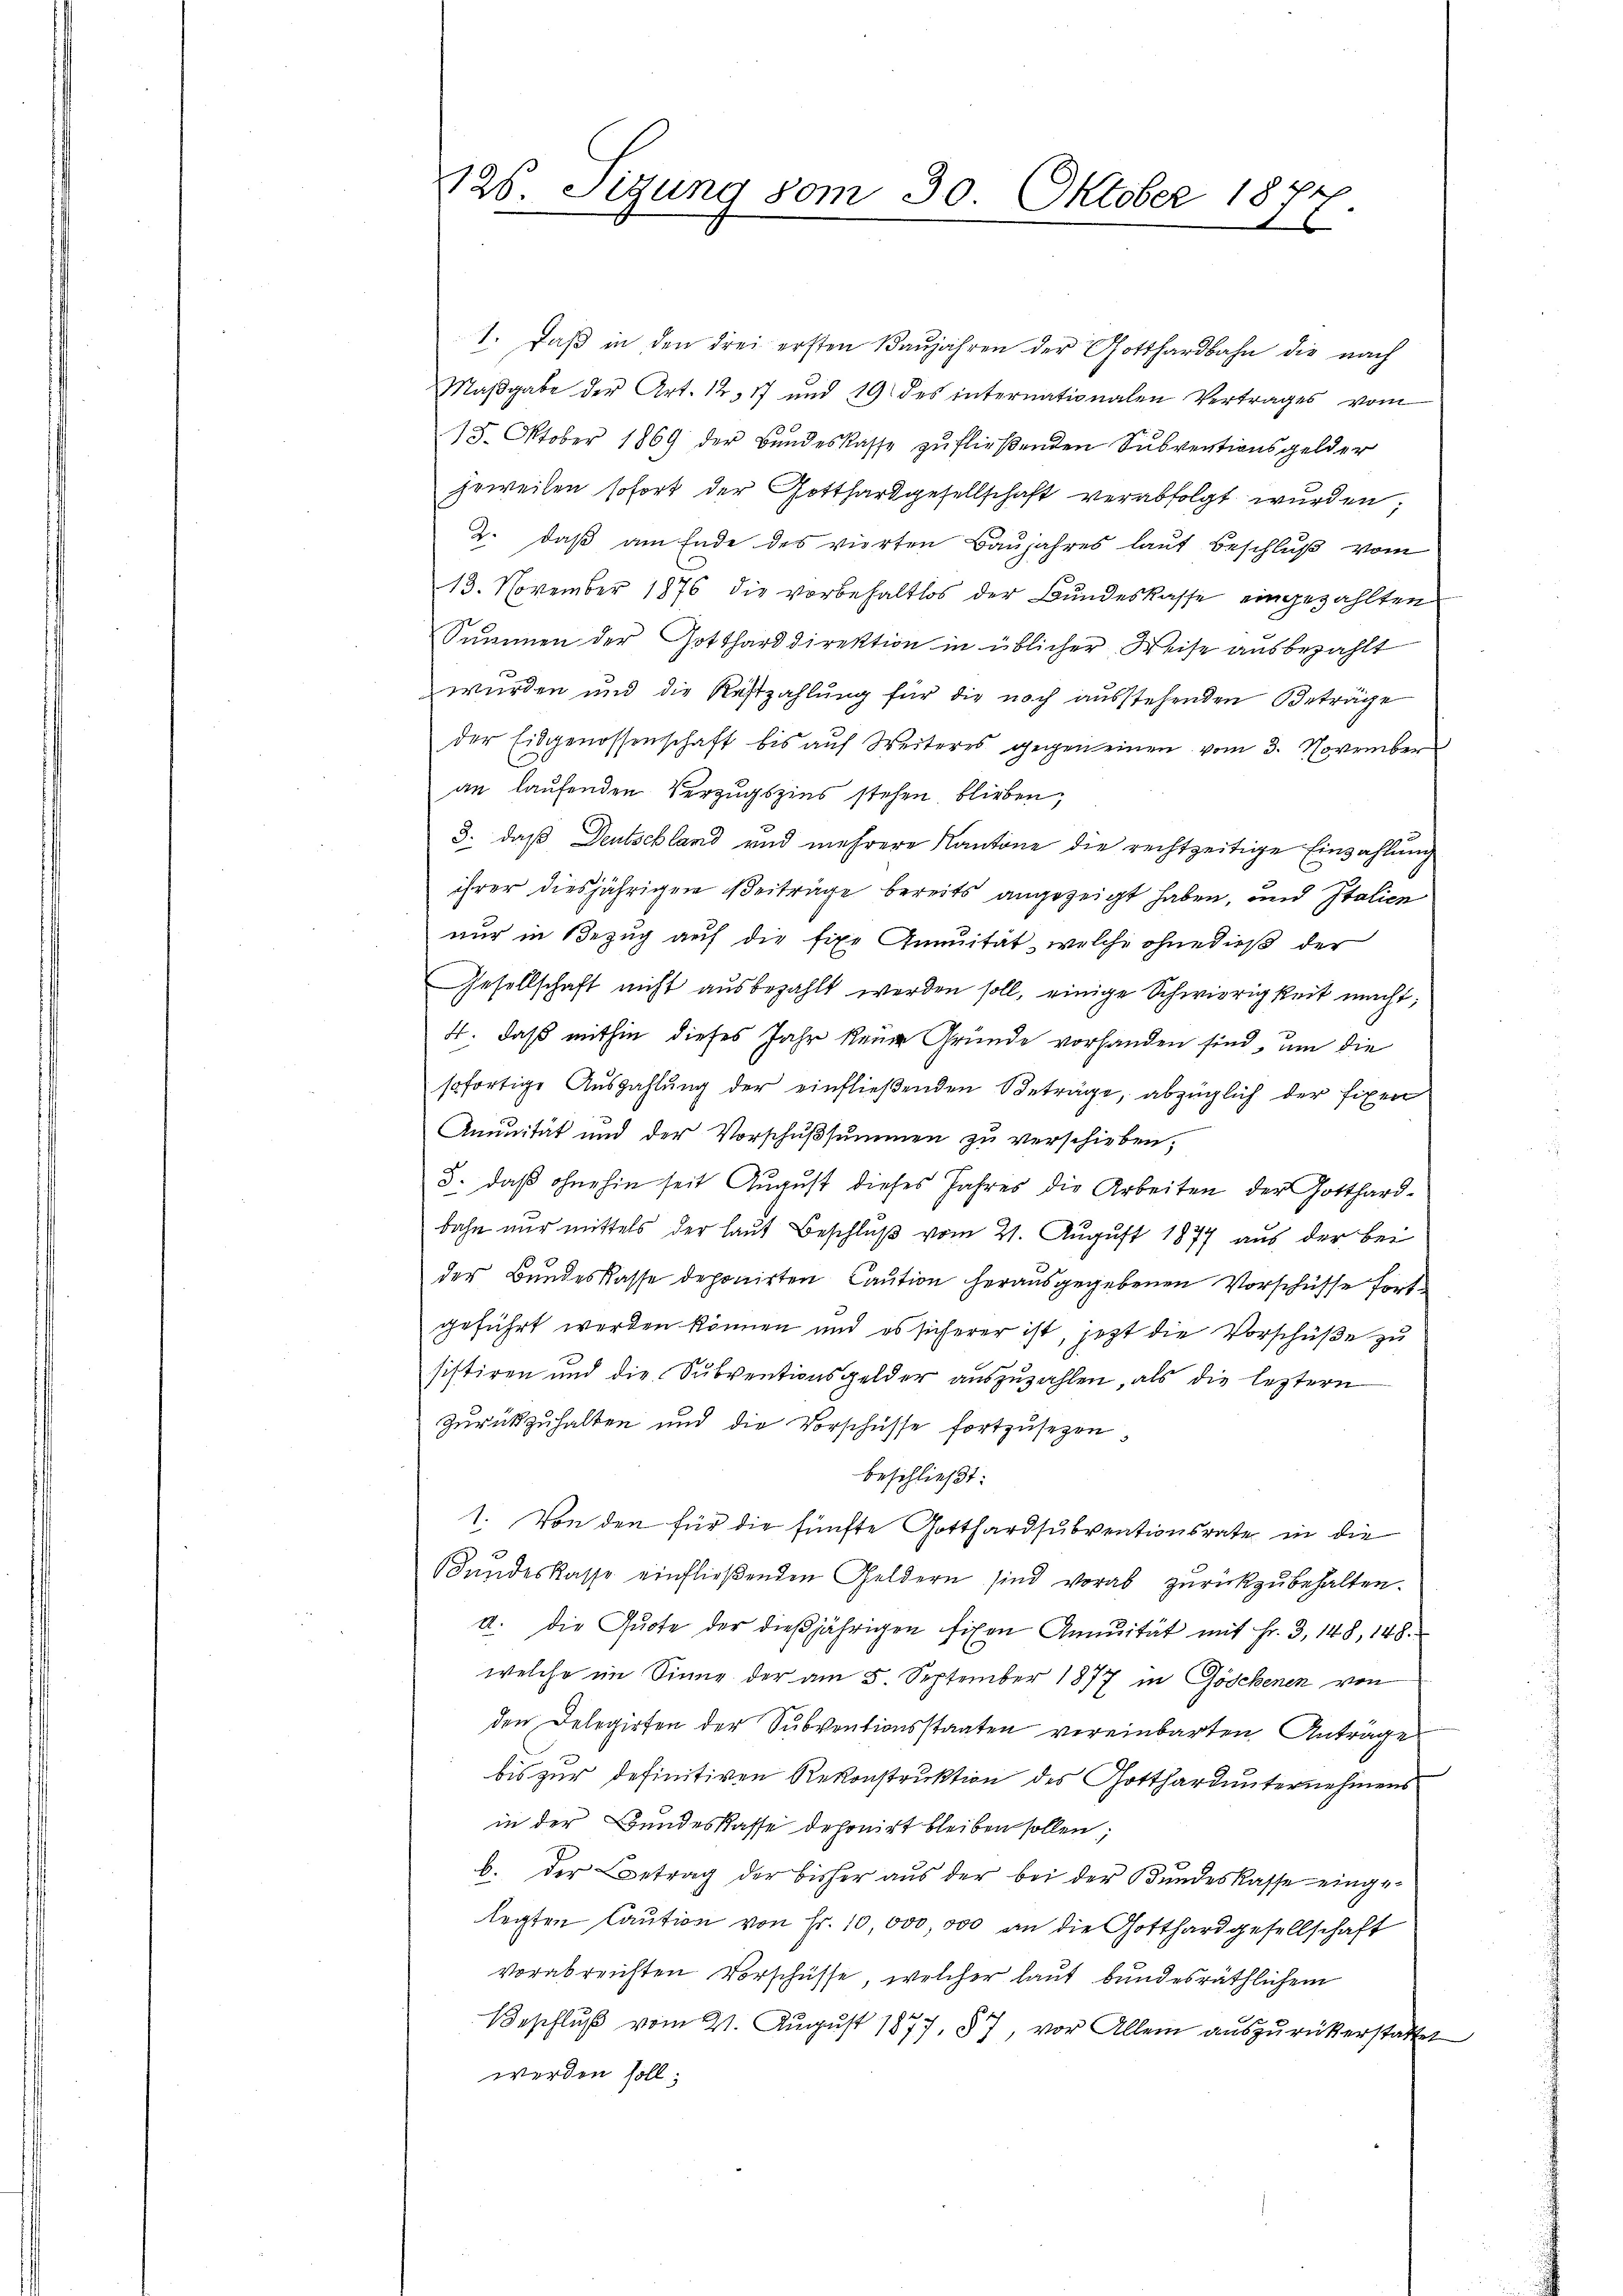
126. Sitzung vom 30. Oktober 1871
6

1. daβ in den drei ersten Baŭjahren der Gotthardbahn die nach
Maßgabe der Art. 12, 17 und 19 des internationalen Vertrages vom
18. Oktober 1869 der Bundeskasse zufließenden Subventionsgelder
jeweilen sofort der Gotthardgesellschaft verabfolgt wurden;
2. daß am Ende des vierten Baujahres laut Beschluß vom
13. November 1876 die vorbehaltlos der Bundeskasse eingezahlten
Summen der Gottharddirektion in üblicher Weise ausbezahlt
wurden und die Restzahlung für die noch ausstehenden Beträge
der Eidgenossenschaft bis aŭf Weiteres gegen einen vom 3. November
an laufenden Verzugszins stehen, blieben,
3. daß Deutschland und mehrere Kantone die rechtzeitige Einzahlung
ihrer diesjährigen Beiträge bereits angezeigt haben, und Italien
nur in Bezug auf die fixe Qnnuität, welche ohnedieß der
Gesellschaft nicht ausbezahlt werden soll, einige Schwierigkeit macht;
4. daß mithin dieses Jahr keine Grunde vorhanden sind, um die
sofortige Auszahlung der einfließenden Beträge, abzüglich der fixen
Anunität und der Vorschußsummen zu verschieben,
3. daß ohnehin seit August dieses Jahres die Arbeiten der Gotthard-
bahn nur mittels der laut Beschluß vom 21. August 1877 aus der bei
der Bundeskasse deponirten Caution herausgegebenen Vorschüsse fortgeführt werden können und es sicherer ist, jetzt die Vorschüße zu
sistiren und die Subventionsgelder auszuzahlen, als die leztern
Zurückzuhalten und die Vorschüsse fortzusetzen
beschließt:
1. Von den für die fünfte Gotthardsubventionsrate in die
Bundeskasse einfließenden Geldern sind vorab zurückzubehalten.
d. Die Quote der dießjährigen fixen Annuität mit Fr. 3, 148, 148.
welche im Sinne der am 5. September 1877 in Göschenen von
den Delegirten der Subventionsstaaten vereinbarten Anträge
bis zur definitiven Rekonstruktion des Gotthardunternehmens
in der Bundeskasse deponirt bleiben sollen;
b. der Betrag der bisher aŭs der bei der Bŭndeskasse eingelegten Caution von Fr. 10,000, 300 an die Gotthardgesellschaft
vorabreichten Vorschüsse, welcher laut bundesräthlichem
Beschlŭβ vom 21. August 1877, § 7, vor Allem auszurückerstattet
werden soll;